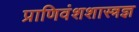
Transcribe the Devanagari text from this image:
प्राणिवंशशास्त्रज्ञ